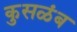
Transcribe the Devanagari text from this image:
कुसळंब